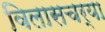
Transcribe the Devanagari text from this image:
विलासचर्या